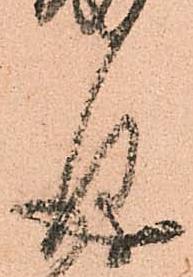
儀